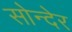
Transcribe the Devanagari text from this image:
सोन्देर